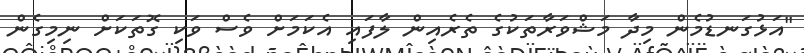
"އަޅުގަނޑުމެން މިދާ މަޝްވަރާތަކުގެ ތެރެއިން ލާފައި އެކަމަށް ވެސް ވަކި ގޮތަކަށް ނިމިގެން